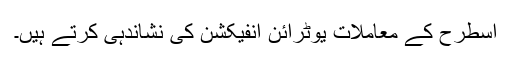
اسطرح کے معاملات یوٹرائن انفیکشن کی نشاندہی کرتے ہیں۔